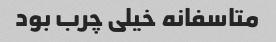
متاسفانه خیلی چرب بود